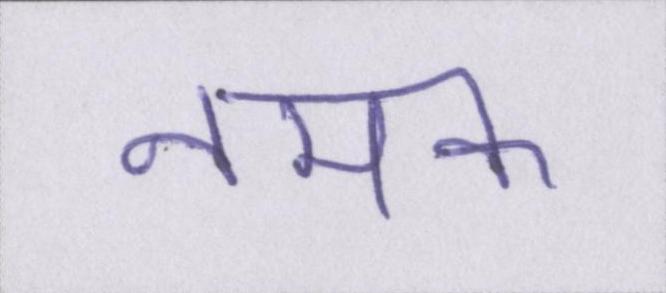
नमक